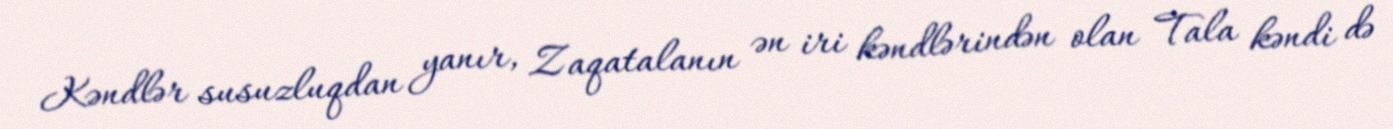
Kəndlər susuzluqdan yanır, Zaqatalanın ən iri kəndlərindən olan Tala kəndi də